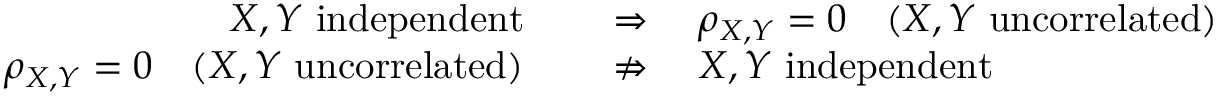
\begin{array} { r l } { X , Y { \mathrm { ~ i n d e p e n d e n t } } \quad } & { { } \Rightarrow \quad \rho _ { X , Y } = 0 \quad ( X , Y { \mathrm { ~ u n c o r r e l a t e d } } ) } \\ { \rho _ { X , Y } = 0 \quad ( X , Y { \mathrm { ~ u n c o r r e l a t e d } } ) \quad } & { { } \nRightarrow \quad X , Y { \mathrm { ~ i n d e p e n d e n t } } } \end{array}